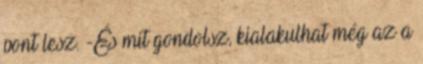
pont lesz. -És mit gondolsz, kialakulhat még az a